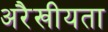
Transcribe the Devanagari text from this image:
अरैखीयता